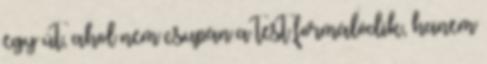
egy út, ahol nem csupán a test formálódik, hanem